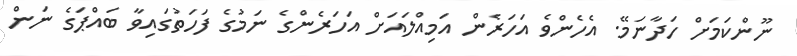
ނޫންކަމަށް ހަދާނަމޭ. އެހެންވެ އަހަރެން އަމިއްލައަށް އަހަރެންގެ ނަމުގެ ފަހަތުގައިވާ ބައްޕަގެ ނަން